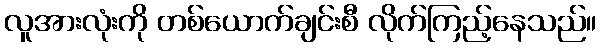
လူအားလုံးကို တစ်ယောက်ချင်းစီ လိုက်ကြည့်နေသည်။